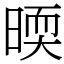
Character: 㬉